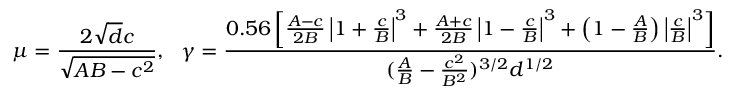
\mu = \frac { 2 \sqrt { d } c } { \sqrt { A B - c ^ { 2 } } } , ~ ~ \gamma = \frac { 0 . 5 6 \left[ \frac { A - c } { 2 B } \left| 1 + \frac { c } { B } \right| ^ { 3 } + \frac { A + c } { 2 B } \left| 1 - \frac { c } { B } \right| ^ { 3 } + \left( 1 - \frac { A } { B } \right) \left| \frac { c } { B } \right| ^ { 3 } \right] } { ( \frac { A } { B } - \frac { c ^ { 2 } } { B ^ { 2 } } ) ^ { 3 / 2 } d ^ { 1 / 2 } } .